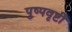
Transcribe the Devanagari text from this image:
पुष्पवृष्टी